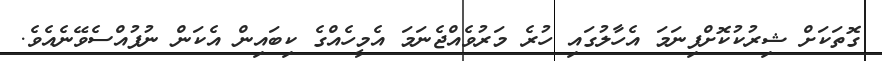
ގޮތަކަށް ޝިރުކުކޮށްފިނަމަ އެހާލުގައި ހުރެ މަރުވެއްޖެނަމަ އެމީހެއްގެ ކިބައިން އެކަން ނުފުއްސެވޭނެއެވެ.